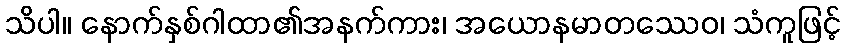
သိပါ။ နောက်နှစ်ဂါထာ၏အနက်ကား၊ အယောနမာတဿေဝ၊ သံကူဖြင့်